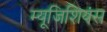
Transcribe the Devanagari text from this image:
म्यूजिशियंस